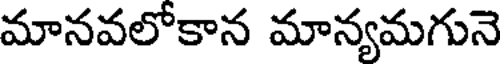
మానవలోకాన మాన్యమగునె